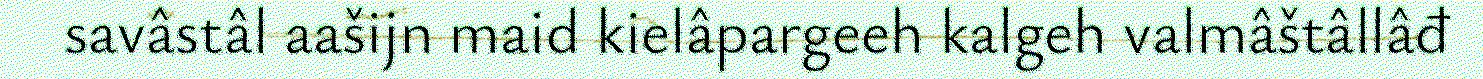
savâstâl aašijn maid kielâpargeeh kalgeh valmâštâllâđ